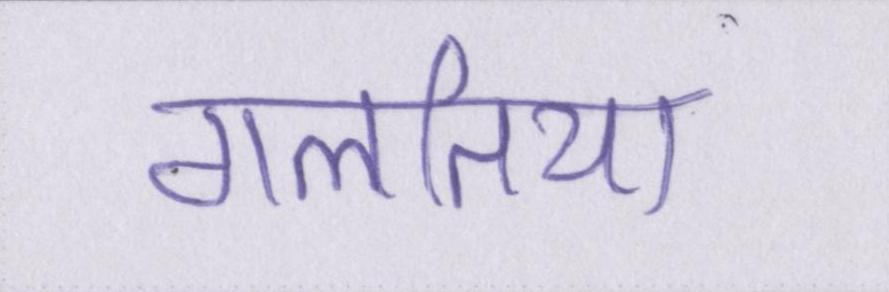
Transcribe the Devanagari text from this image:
गलतिया